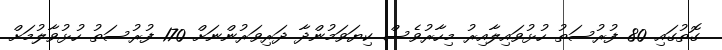
ގޮތުގައި 80 ފުރުސަތު ހުޅުވައިލާއިރު މިހާރުވެސް ކިޔަވަމުންދާ ދަރިވަރުންނަށް 170 ފުރުސަތު ހުޅުވާލުމަށް